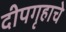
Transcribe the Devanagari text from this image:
दीपगृहाचे